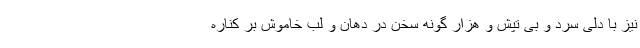
نیز با دلی سرد و بی تپش و هزا‌ر گونه سخن در دهان و لب خاموش بر کناره